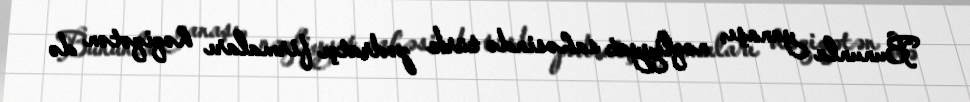
Bununla yanaşı, nəqliyyat sahəsində türk podratçı firmaları həqiqətən də